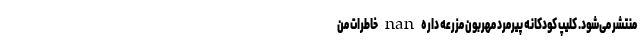
منتشر می‌شود. کلیپ کودکانه پیرمرد مهربون مزرعه داره nan خاطرات من